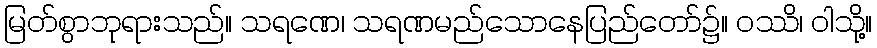
မြတ်စွာဘုရားသည်။ သရဏေ၊ သရဏမည်သောနေပြည်တော်၌။ ဝဿိ၊ ဝါသို့။